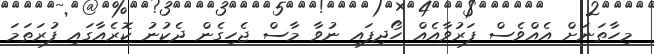
މިހާތަނަށް އެއްވެސް ފަރުވާއެއް ހޯދިފައި ނުވާ މާސް ޖެހިގެން ދެކުނު ކޮރެއާގައި ފުރަތަމަ